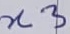
Text: n3